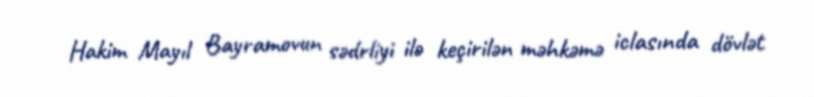
Hakim Mayıl Bayramovun sədrliyi ilə keçirilən məhkəmə iclasında dövlət